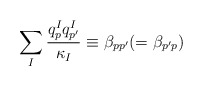
\begin{align*}\sum_{I}\frac{q_p^Iq_{p'}^I}{\kappa_I}\equiv\beta_{pp'}(=\beta_{p'p})\end{align*}